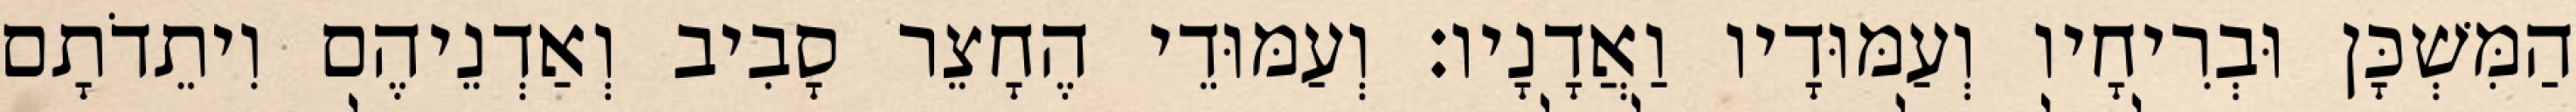
הַמִּשְׁכָּן וּבְרִיחָיו וְעַמּוּדָיו וַאֲדָנָיו׃ וְעַמּוּדֵי הֶחָצֵר סָבִיב וְאַדְנֵיהֶם וִיתֵדֹתָם